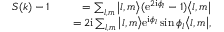
\begin{array} { r l r } { S ( k ) - 1 } & { } & { = \sum _ { l , m } \big | l , m \bigr \rangle ( \mathrm { e } ^ { 2 \mathrm { i } \phi _ { l } } - 1 ) \bigl \langle l , m \big | } \\ & { } & { = 2 \mathrm { i } \sum _ { l , m } \big | l , m \bigr \rangle \mathrm { e } ^ { \mathrm { i } \phi _ { l } } \sin \phi _ { l } \bigl \langle l , m \big | , } \end{array}